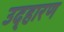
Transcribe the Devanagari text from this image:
उद्हारण